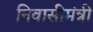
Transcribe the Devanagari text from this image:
निवासीमंत्री